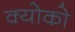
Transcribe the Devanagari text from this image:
क्योको